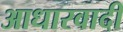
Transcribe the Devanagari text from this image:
आधारवादी